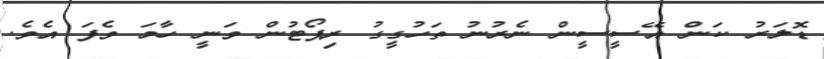
ޑޮލަރު ކަން އޭސީސީން ނެރުނު ތަހުގީގު ރިޕޯޓުން ވަނީ ހާމަ ވެފަ އެވެ.